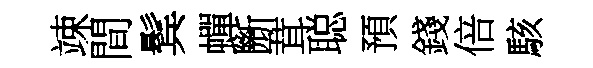
竦間鬂蟬㫁茸聪預錢倍駭